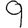
Digit: 9